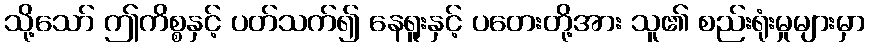
သို့သော် ဤကိစ္စနှင့် ပတ်သက်၍ နေရူးနှင့် ပတေးတို့အား သူ၏ စည်းရုံးမှုများမှာ